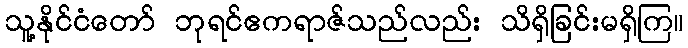
သူ့နိုင်ငံတော် ဘုရင်ဧကရာဇ်သည်လည်း သိရှိခြင်းမရှိကြ။